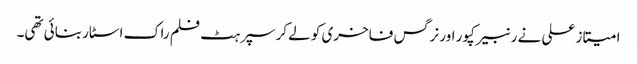
امیتاز علی نے رنبیر کپور اور نرگس فاخری کو لےکر سپرہٹ فلم راک اسٹار بنائی تھی۔